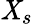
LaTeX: \mathit{X}_{s}